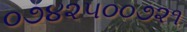
૦૭૪૨૫૦૦૭૨૧